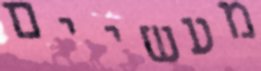
מעשיים